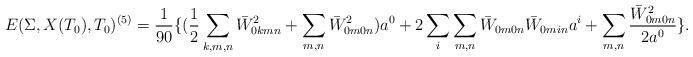
LaTeX: \begin{align*} E(\Sigma,X(T_0),T_0)^{(5)} =\frac{ 1}{90} \{ (\frac{1}{2}\sum_{k, m, n} \bar W_{0kmn}^2+ \sum_{m, n} \bar W_{0m0n}^2 )a^0 + 2\sum_i \sum_{m, n} \bar W_{0m0n}\bar W_{0min} a^i + \sum_{m, n} \frac{\bar W_{0m0n}^2 }{2a^0} \}.\end{align*}